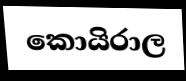
කොයිරාල